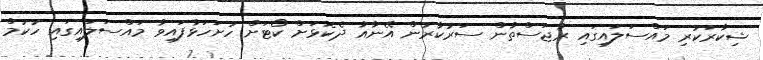
ޝިކާރަކުރި މައްސަލައިގައި ރާޖަސްތާން ސަރުކާރުން އޭނާއާ ދެކޮޅަށް ކޯޓަށް ހުށަހަޅާފައިވާ މައްސަލައިގައި ހުކުމް